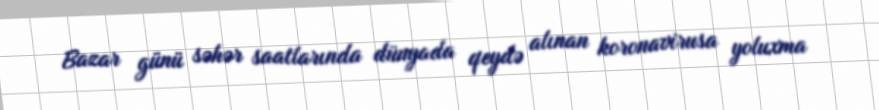
Bazar günü səhər saatlarında dünyada qeydə alınan koronavirusa yoluxma